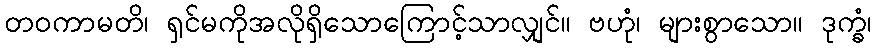
တဝကာမတိ၊ ရှင်မကိုအလိုရှိသောကြောင့်သာလျှင်။ ဗဟုံ၊ များစွာသော။ ဒုက္ခံ၊